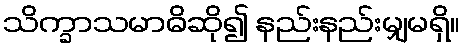
သိက္ခာသမာဓိဆို၍ နည်းနည်းမျှမရှိ။